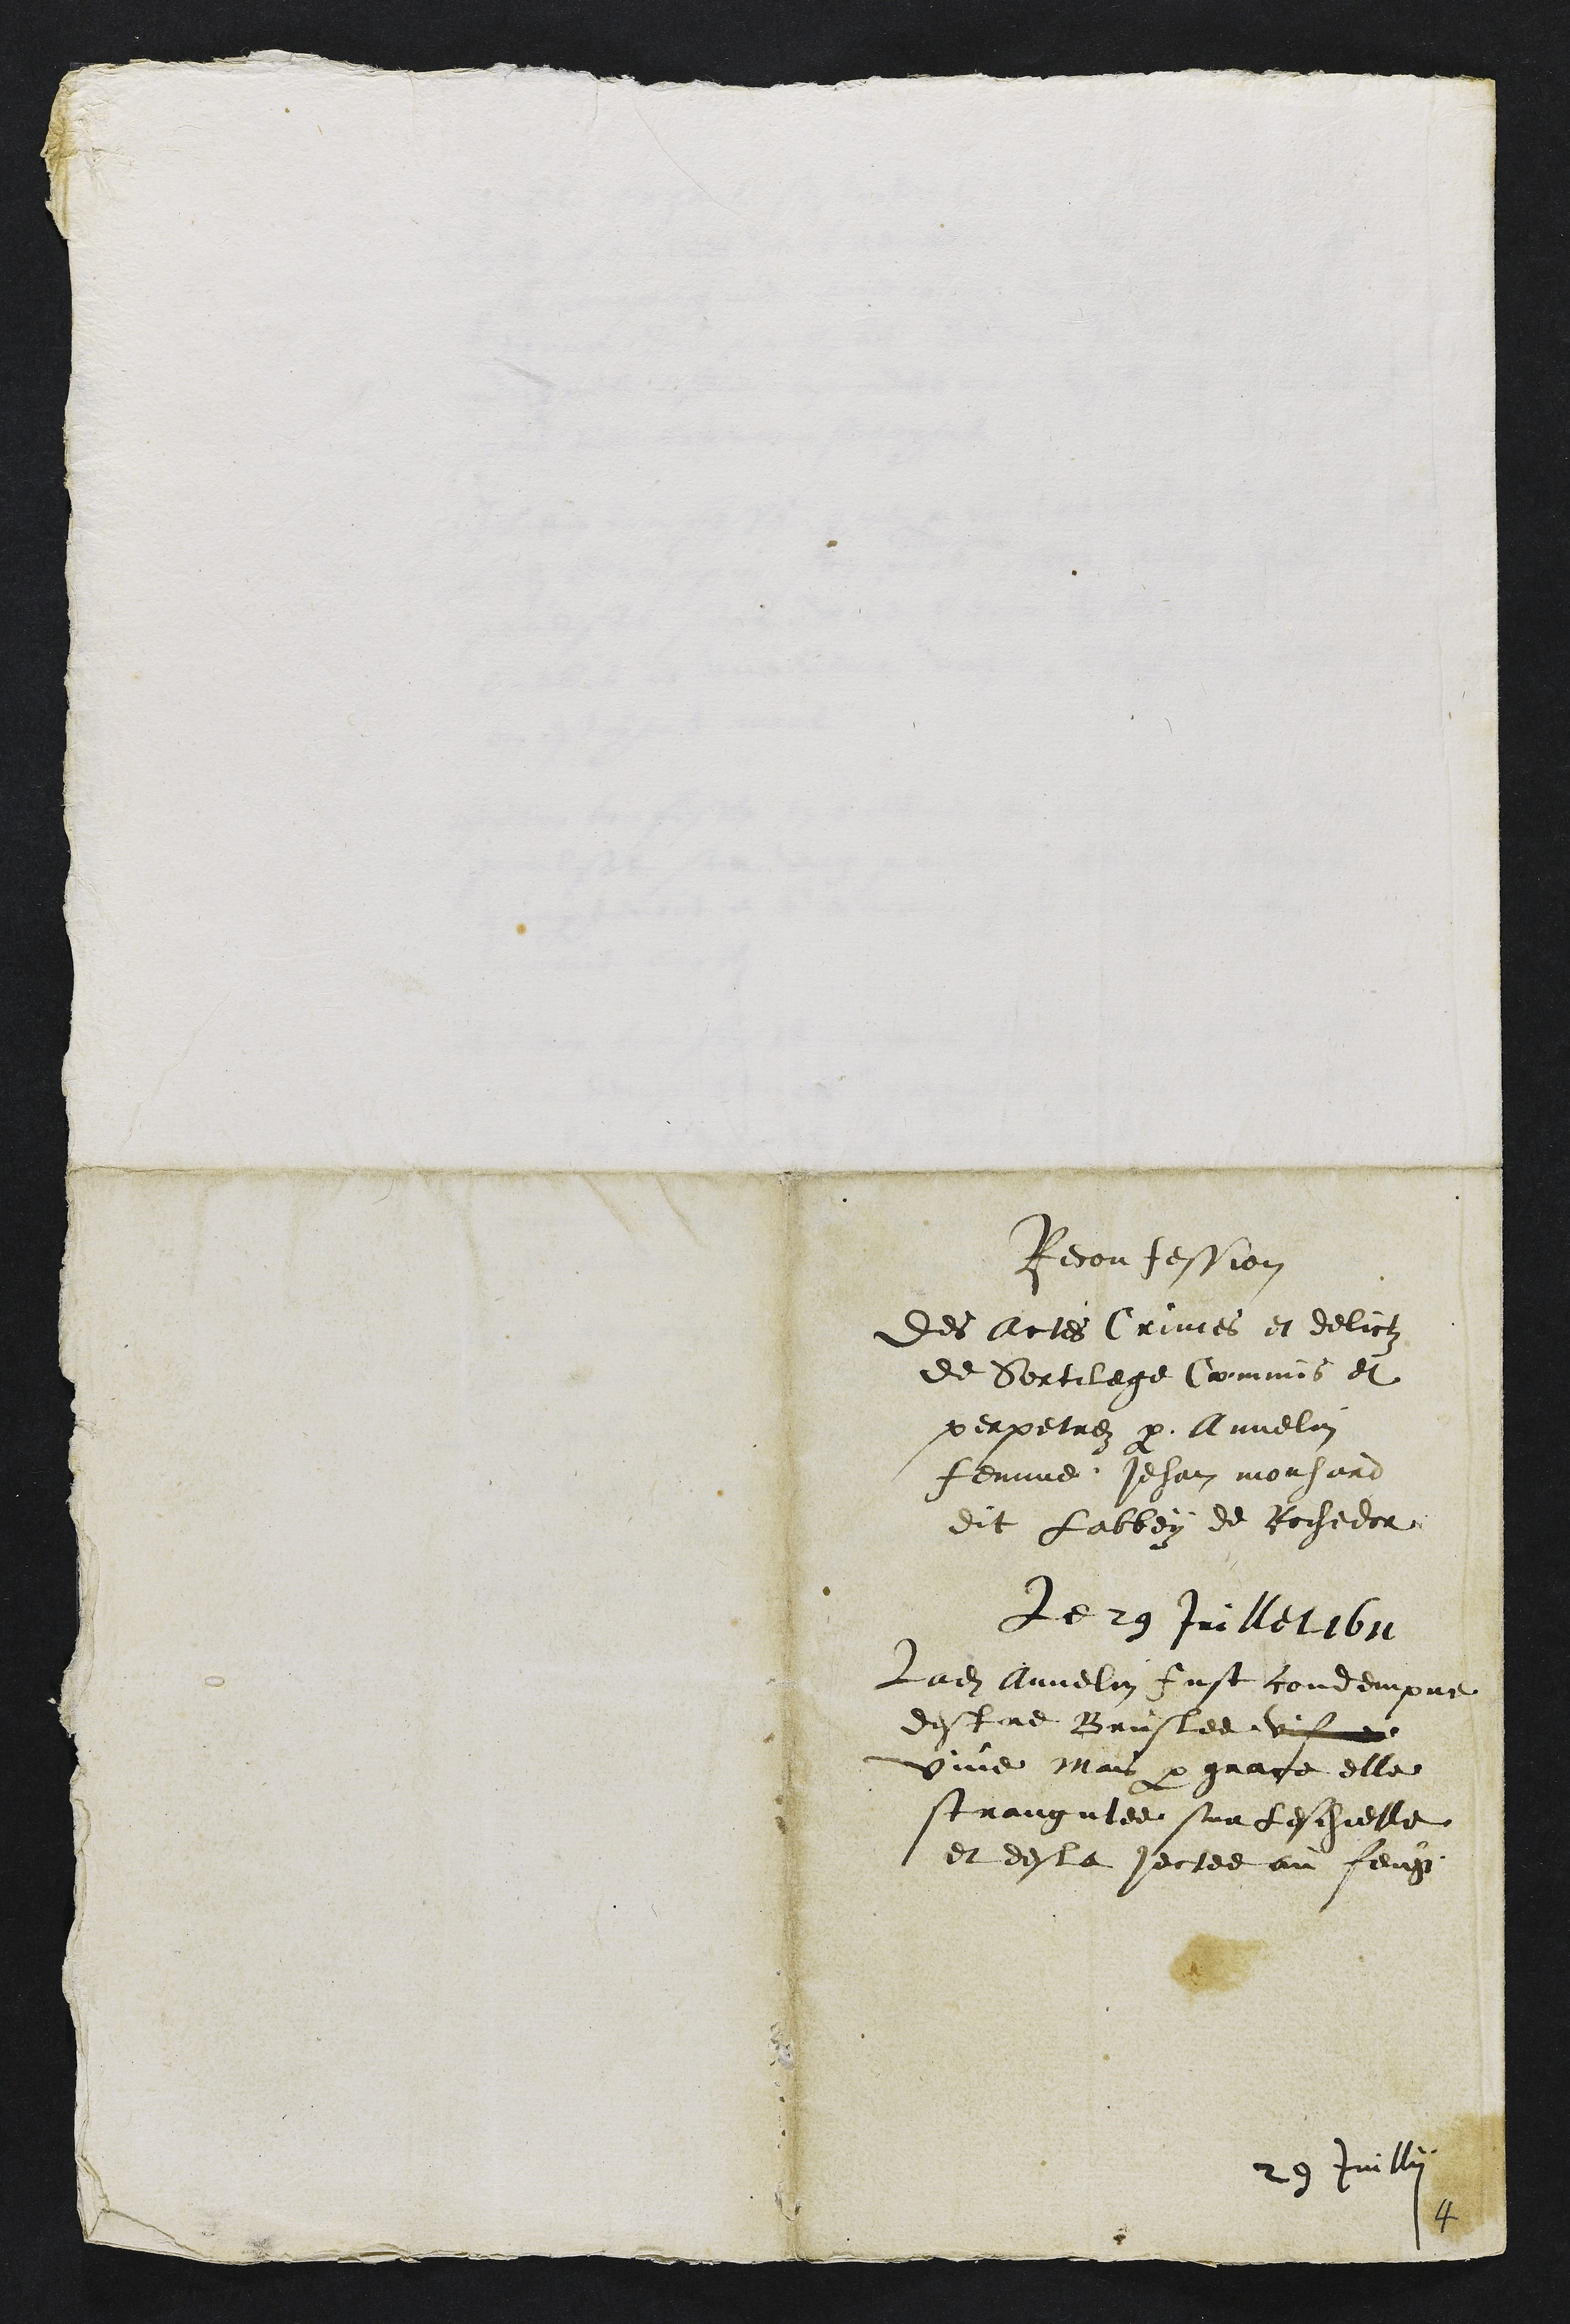
Reconfession
Des Actes Crimes et delictz
de Sortilege Commis et
perpetrez par Annelin
femme Jehan mouhard
dit Labbey de Rochedor
Le 29 Juillet 1611
Ladite Annelin fust condempne
destre Bruslee vif
vive Mais par grace elle
strangulee sur leschielle
et desla jectee au feug
29 Juillii